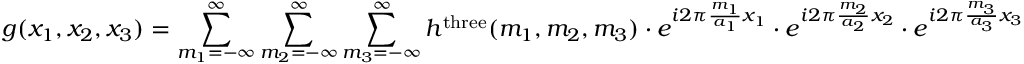
g ( x _ { 1 } , x _ { 2 } , x _ { 3 } ) = \sum _ { m _ { 1 } = - \infty } ^ { \infty } \sum _ { m _ { 2 } = - \infty } ^ { \infty } \sum _ { m _ { 3 } = - \infty } ^ { \infty } h ^ { \mathrm { t h r e e } } ( m _ { 1 } , m _ { 2 } , m _ { 3 } ) \cdot e ^ { i 2 \pi { \frac { m _ { 1 } } { a _ { 1 } } } x _ { 1 } } \cdot e ^ { i 2 \pi { \frac { m _ { 2 } } { a _ { 2 } } } x _ { 2 } } \cdot e ^ { i 2 \pi { \frac { m _ { 3 } } { a _ { 3 } } } x _ { 3 } }